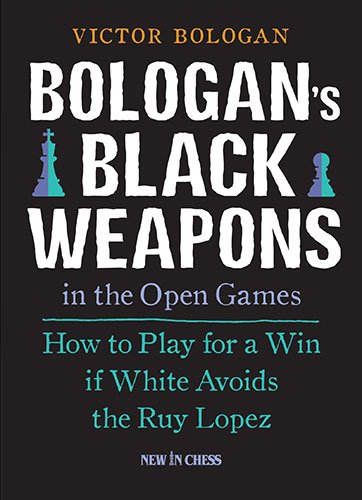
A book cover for Bologan's Black Weapons in the Open Games: How to Play for a Win if White Avoids the Ruy Lopez; Victor Bologan; Humor & Entertainment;